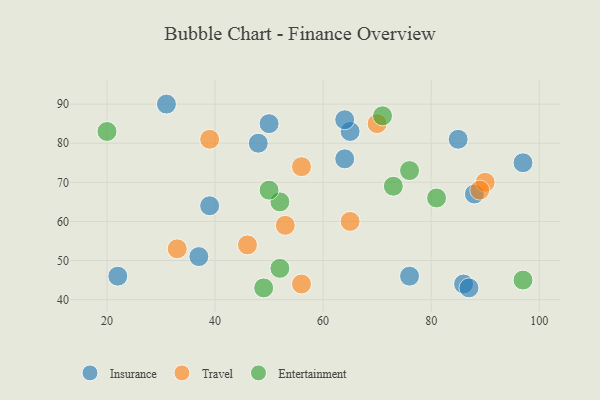
{"axis": {"x": "GDP", "y": "Life Expectancy"}, "legend": ["Entertainment", "Insurance", "Travel"], "data": [{"x": "76", "y": 46, "type": "Insurance"}, {"x": "86", "y": 44, "type": "Insurance"}, {"x": "97", "y": 75, "type": "Insurance"}, {"x": "85", "y": 81, "type": "Insurance"}, {"x": "22", "y": 46, "type": "Insurance"}, {"x": "65", "y": 83, "type": "Insurance"}, {"x": "88", "y": 67, "type": "Insurance"}, {"x": "64", "y": 76, "type": "Insurance"}, {"x": "50", "y": 85, "type": "Insurance"}, {"x": "64", "y": 86, "type": "Insurance"}, {"x": "39", "y": 64, "type": "Insurance"}, {"x": "37", "y": 51, "type": "Insurance"}, {"x": "48", "y": 80, "type": "Insurance"}, {"x": "87", "y": 43, "type": "Insurance"}, {"x": "31", "y": 90, "type": "Insurance"}, {"x": "65", "y": 60, "type": "Travel"}, {"x": "53", "y": 59, "type": "Travel"}, {"x": "46", "y": 54, "type": "Travel"}, {"x": "56", "y": 74, "type": "Travel"}, {"x": "70", "y": 85, "type": "Travel"}, {"x": "90", "y": 70, "type": "Travel"}, {"x": "33", "y": 53, "type": "Travel"}, {"x": "39", "y": 81, "type": "Travel"}, {"x": "89", "y": 68, "type": "Travel"}, {"x": "56", "y": 44, "type": "Travel"}, {"x": "52", "y": 48, "type": "Entertainment"}, {"x": "71", "y": 87, "type": "Entertainment"}, {"x": "20", "y": 83, "type": "Entertainment"}, {"x": "97", "y": 45, "type": "Entertainment"}, {"x": "52", "y": 65, "type": "Entertainment"}, {"x": "73", "y": 69, "type": "Entertainment"}, {"x": "76", "y": 73, "type": "Entertainment"}, {"x": "81", "y": 66, "type": "Entertainment"}, {"x": "50", "y": 68, "type": "Entertainment"}, {"x": "49", "y": 43, "type": "Entertainment"}]}